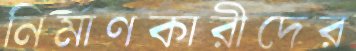
নির্মাণকারীদের